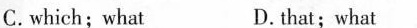
C.which;what D.that;what